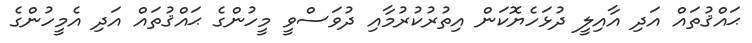
ޙައްޤުތައް އަދި އާއިލީ ދުޅަހެޔޮކަން އިތުރުކުރުމާއި ދުވަސްވީ މީހުންގެ ޙައްޤުތައް އަދި އެމީހުންގެ